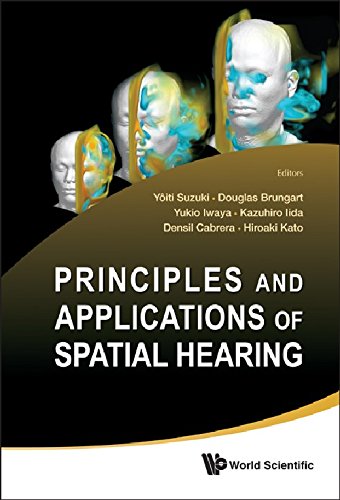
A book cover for Principles and Applications of Spatial Hearing; Yoiti Suzuki; Computers & Technology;